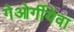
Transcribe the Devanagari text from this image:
गेओर्गीयेवा